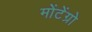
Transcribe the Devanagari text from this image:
मोंटेंग्रो